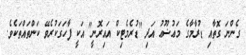
ގެންނަ ގޮތާއި ޑުރާމާގެ މަޢުޟޫޢު އަދި ''ޑުރެމެޓިކް އައިރޮނީ" އަކީ ފާހަގަކުރެވޭ ކަންތައްތަކެވެ.